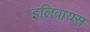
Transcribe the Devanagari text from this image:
इलिवायस